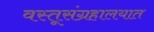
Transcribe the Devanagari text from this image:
वस्तूसंग्रहालयात